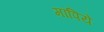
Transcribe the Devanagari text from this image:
मापिये